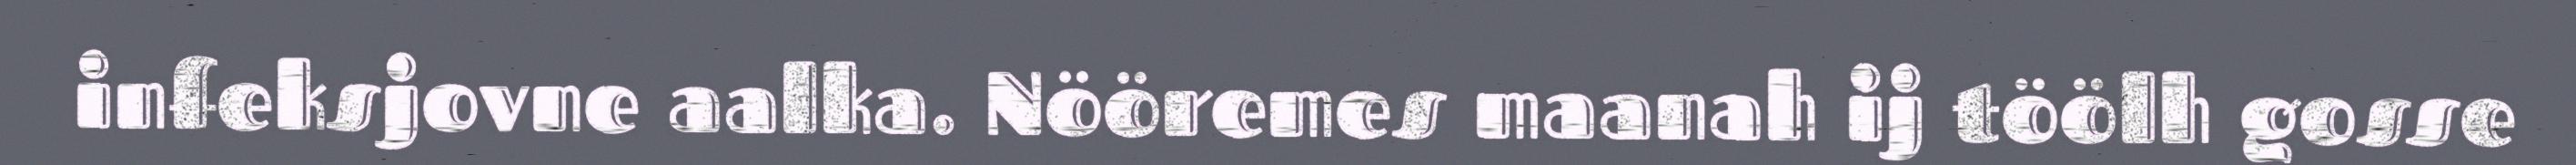
infeksjovne aalka. Nööremes maanah ij töölh gosse